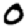
Digit: 0